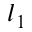
l _ { 1 }